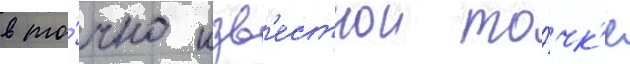
в то́чно изв'естнои то́чк'е